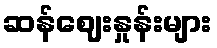
ဆန်ဈေးနှုန်းများ